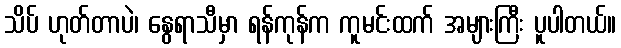
သိပ် ဟုတ်တာပဲ၊ နွေရာသီမှာ ရန်ကုန်က ကူမင်းထက် အများကြီး ပူပါတယ်။